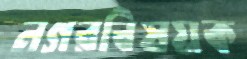
নগরবিষয়ক